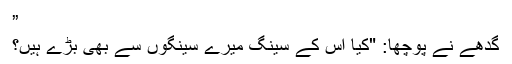
”
گدھے نے پوچھا: "کیا اس کے سینگ میرے سینگوں سے بھی بڑے ہیں؟